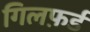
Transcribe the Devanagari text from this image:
गिलफ़र्ड